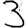
Digit: 3